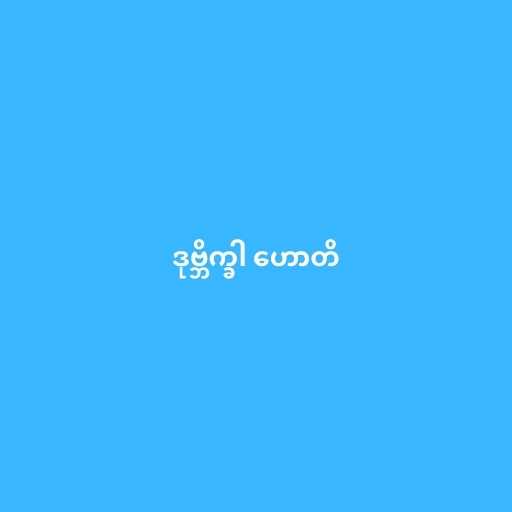
ဒုဗ္ဘိက္ခါ ဟောတိ